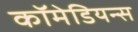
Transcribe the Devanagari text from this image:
कॉमेडियन्स